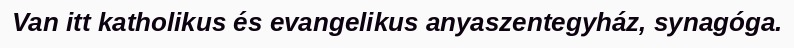
Van itt katholikus és evangelikus anyaszentegyház, synagóga.